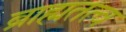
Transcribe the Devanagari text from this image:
ब्राह्मतत्व